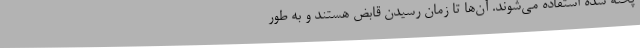
پخته شده استفاده می‌شوند. آن‌ها تا زمان رسیدن قابض هستند و به طور